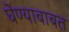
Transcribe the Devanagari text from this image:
घेण्याबाबत